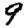
Digit: 9